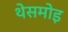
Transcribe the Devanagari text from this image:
थेसमोइ